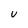
Character: U